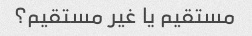
مستقیم یا غیر مستقیم؟